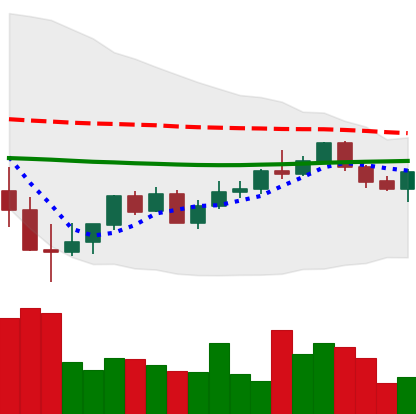
Ticker: XMR-USD
Chart end date: 2022-05-29
Forward return: 4.247%
Label: up_3_5